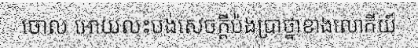
ចោល អោយលះបង់សេចក្តីប៉ងប្រាថ្នាខាងលោកីយ៍